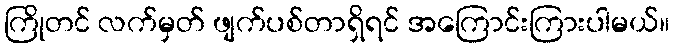
ကြိုတင် လက်မှတ် ဖျက်ပစ်တာရှိရင် အကြောင်းကြားပါမယ်။